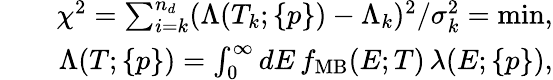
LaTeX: \begin{array}{rlr}&{}&{\chi^{2}=\sum_{i=k}^{n_{d}}(\Lambda(T_{k};\{ p\} )-\Lambda_{k})^{2}/\sigma_{k}^{2}=\operatorname*{min},}\\ &{}&{\Lambda(T;\{ p\} )=\int_{0}^{\infty}dE\, f_{\mathrm{MB}}(E;T)\, \lambda(E;\{ p\} ),}\end{array}